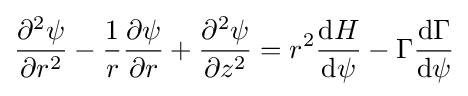
{\frac {\partial ^{2}\psi }{\partial r^{2}}}-{\frac {1}{r}}{\frac {\partial \psi }{\partial r}}+{\frac {\partial ^{2}\psi }{\partial z^{2}}}=r^{2}{\frac {\mathrm {d} H}{\mathrm {d} \psi }}-\Gamma {\frac {\mathrm {d} \Gamma }{\mathrm {d} \psi }}